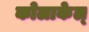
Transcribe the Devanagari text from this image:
कोलाकेल्